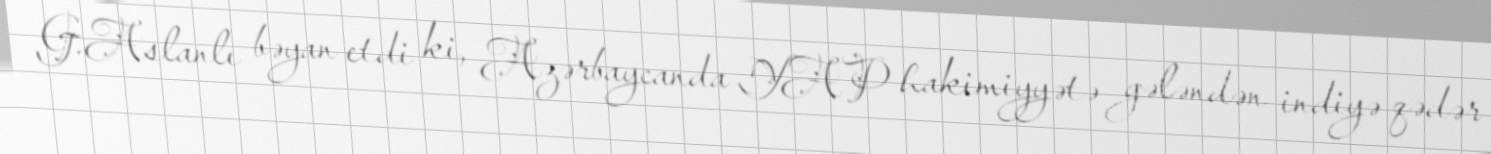
G.Aslanlı bəyan etdi ki, Azərbaycanda YAP hakimiyyətə gələndən indiyə qədər